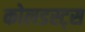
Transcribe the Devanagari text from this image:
कोलडस्ट्स